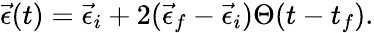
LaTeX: \vec{\epsilon}(t)=\vec{\epsilon}_{i}+2(\vec{\epsilon}_{f}-\vec{\epsilon}_{i})\Theta(t-t_{f}).